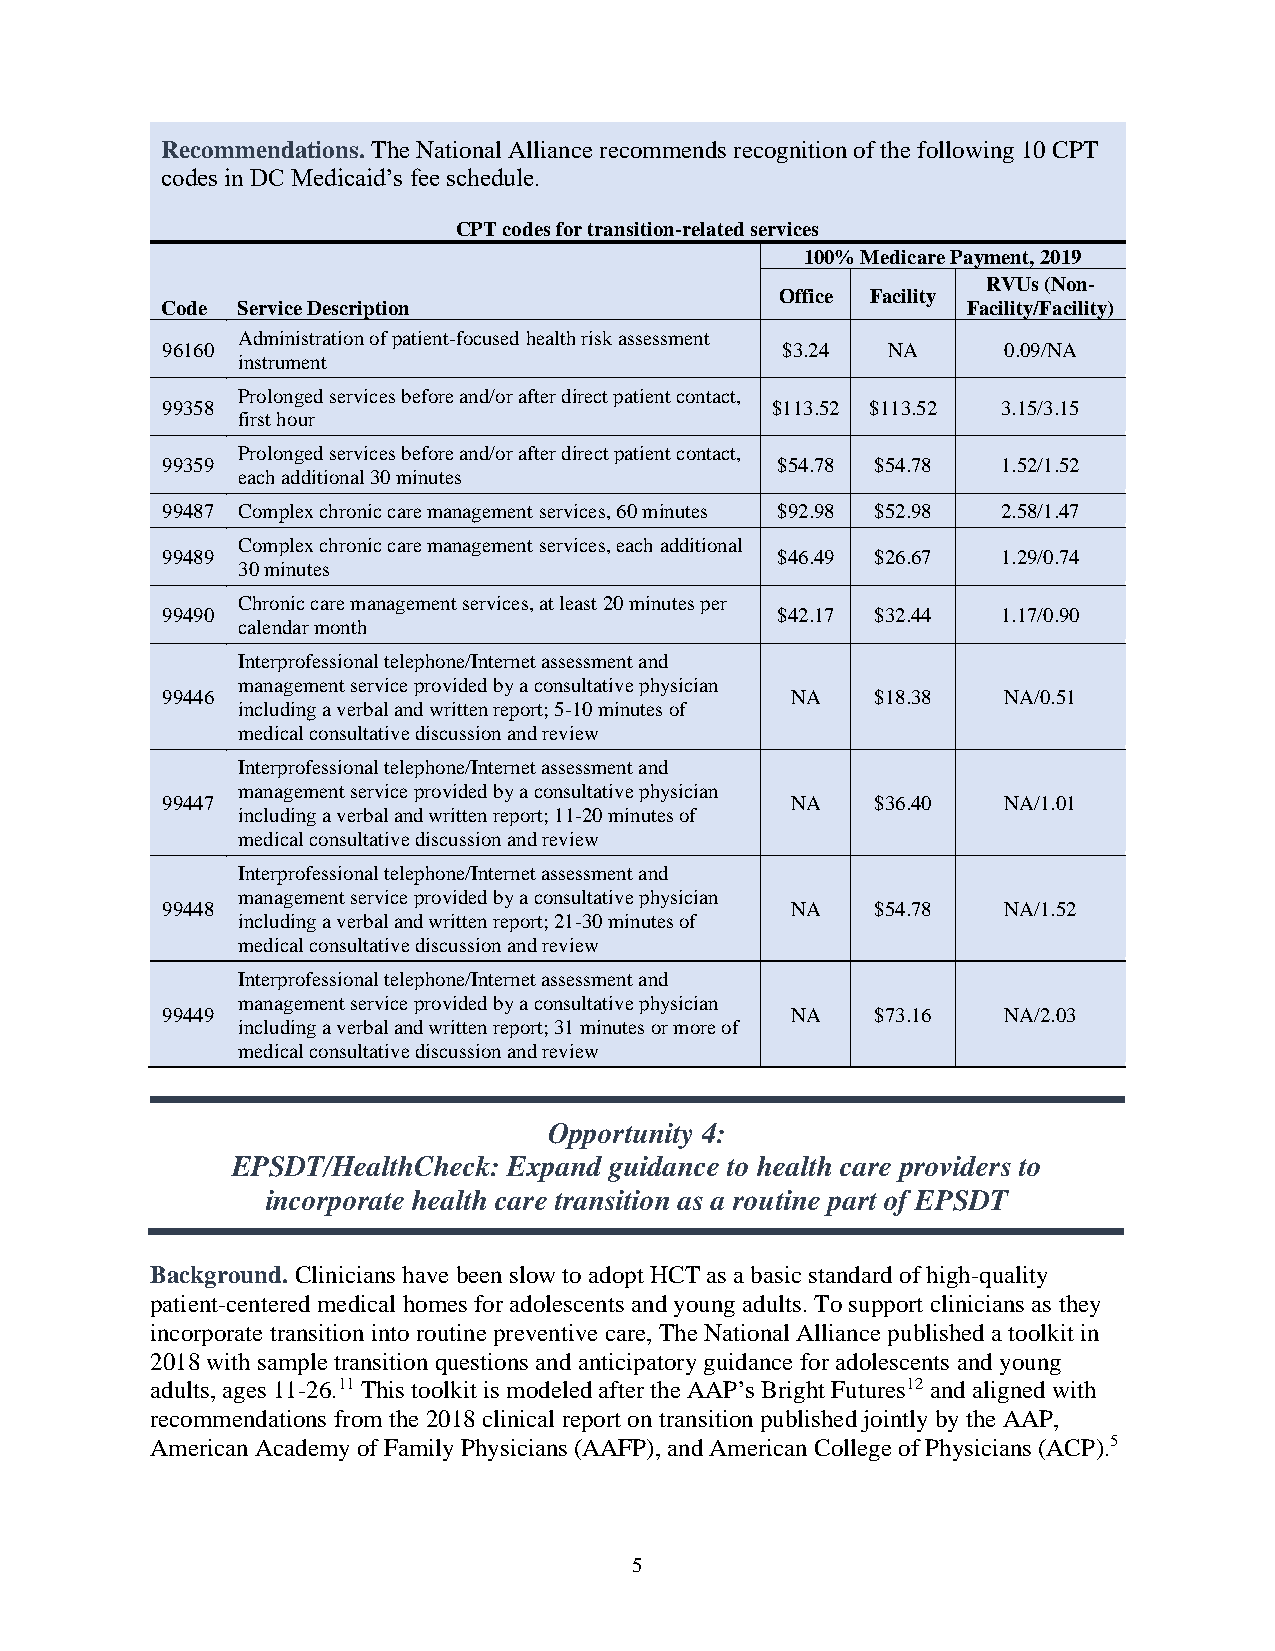
Recommendations. The National Alliance recommends recognition of the following 10 CPT
 codes in DC Medicaid’s fee schedule.
 CPT codes for transition-related services
 100% Medicare Payment, 2019
 RVUs (Non-
 Office Facility
 Code Service Description                             Facility/Facility)
 Administration of patient-focused health risk assessment
 96160                                    $3.24  NA     0.09/NA
 instrument
 Prolonged services before and/or after direct patient contact,
 99358                                   $113.52 $113.52 3.15/3.15
 first hour
 Prolonged services before and/or after direct patient contact,
 99359                                   $54.78 $54.78  1.52/1.52
 each additional 30 minutes
 99487 Complex chronic care management services, 60 minutes $92.98 $52.98 2.58/1.47
 Complex chronic care management services, each additional
 99489                                   $46.49 $26.67  1.29/0.74
 30 minutes
 Chronic care management services, at least 20 minutes per
 99490                                   $42.17 $32.44  1.17/0.90
 calendar month
 Interprofessional telephone/Internet assessment and
 management service provided by a consultative physician
 99446                                    NA    $18.38  NA/0.51
 including a verbal and written report; 5-10 minutes of
 medical consultative discussion and review
 Interprofessional telephone/Internet assessment and
 management service provided by a consultative physician
 99447                                    NA    $36.40  NA/1.01
 including a verbal and written report; 11-20 minutes of
 medical consultative discussion and review
 Interprofessional telephone/Internet assessment and
 management service provided by a consultative physician
 99448                                    NA    $54.78  NA/1.52
 including a verbal and written report; 21-30 minutes of
 medical consultative discussion and review
 Interprofessional telephone/Internet assessment and
 management service provided by a consultative physician
 99449                                    NA    $73.16  NA/2.03
 including a verbal and written report; 31 minutes or more of
 medical consultative discussion and review
 Opportunity 4:
 EPSDT/HealthCheck: Expand guidance to health care providers to
 incorporate health care transition as a routine part of EPSDT
 Background. Clinicians have been slow to adopt HCT as a basic standard of high-quality
 patient-centered medical homes for adolescents and young adults. To support clinicians as they
 incorporate transition into routine preventive care, The National Alliance published a toolkit in
 2018 with sample transition questions and anticipatory guidance for adolescents and young
 adults, ages 11-26.11 This toolkit is modeled after the AAP’s Bright Futures12 and aligned with
 recommendations from the 2018 clinical report on transition published jointly by the AAP,
 American Academy of Family Physicians (AAFP), and American College of Physicians (ACP).5
 5